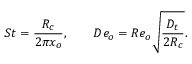
S t = \frac { R _ { c } } { 2 \pi x _ { o } } , ~ ~ ~ ~ ~ ~ D e _ { o } = R e _ { o } \sqrt { \frac { D _ { t } } { 2 R _ { c } } } .